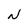
Character: N